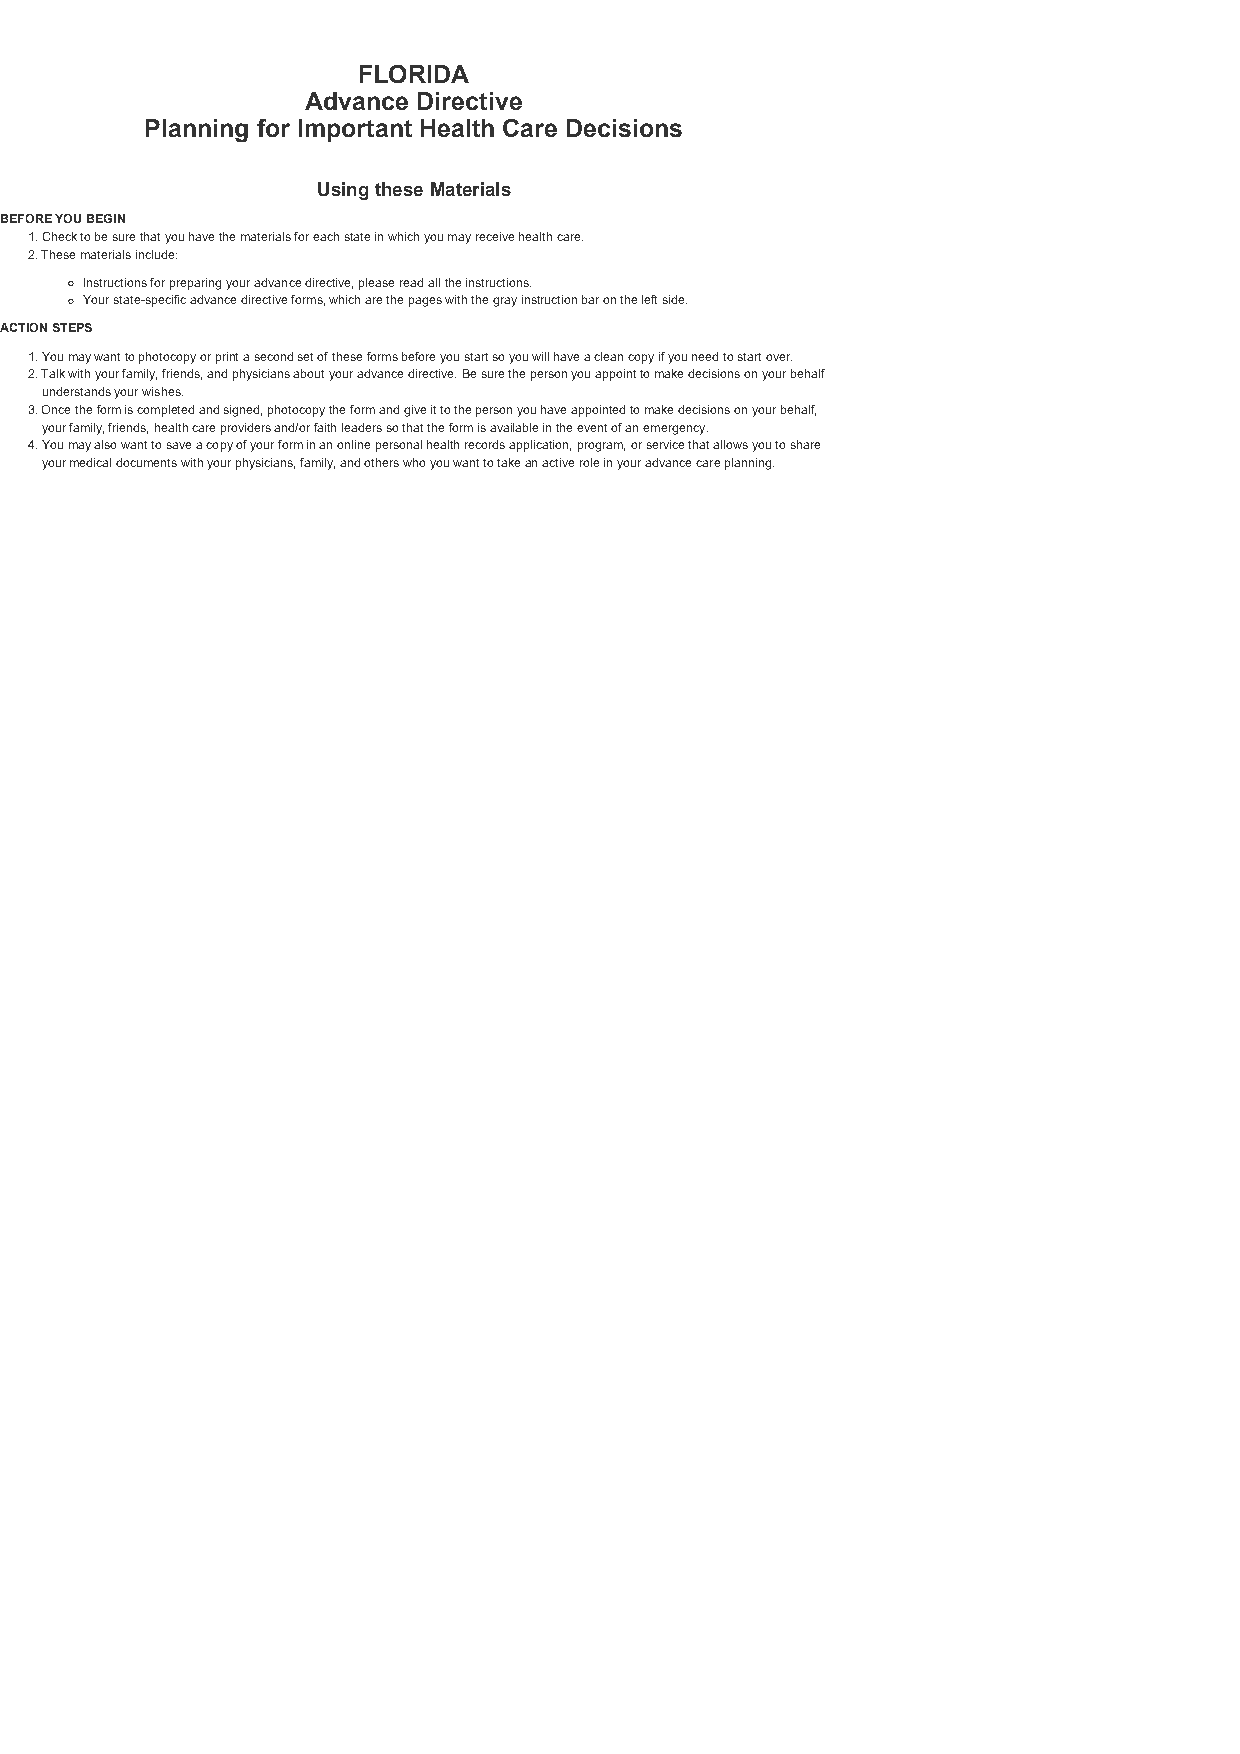
FLORIDA
 Advance Directive
 Planning for Important Health Care Decisions
 Using these Materials
 BEFORE YOU BEGIN
 1. Check to be sure that you have the materials for each state in which you may receive health care.
 2. These materials include:
 Instructions for preparing your advance directive, please read all the instructions.
 Your state-specific advance directive forms, which are the pages with the gray instruction bar on the left side.
 ACTION STEPS
 1. You may want to photocopy or print a second set of these forms before you start so you will have a clean copy if you need to start over.
 2. Talk with your family, friends, and physicians about your advance directive. Be sure the person you appoint to make decisions on your behalf
 understands your wishes.
 3. Once the form is completed and signed, photocopy the form and give it to the person you have appointed to make decisions on your behalf,
 your family, friends, health care providers and/or faith leaders so that the form is available in the event of an emergency.
 4. You may also want to save a copy of your form in an online personal health records application, program, or service that allows you to share
 your medical documents with your physicians, family, and others who you want to take an active role in your advance care planning.